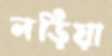
লড়িয়া